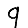
Digit: 9